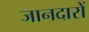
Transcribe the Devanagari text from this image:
जानदारों